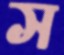
স